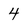
Character: 4